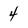
Character: 4